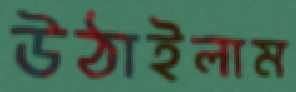
উঠাইলাম